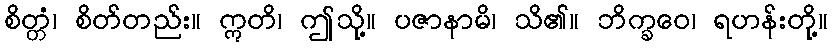
စိတ္တံ၊ စိတ်တည်း။ ဣတိ၊ ဤသို့။ ပဇာနာမိ၊ သိ၏။ ဘိက္ခဝေ၊ ရဟန်းတို့။